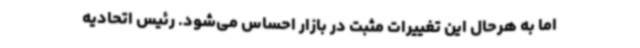
اما به هرحال این تغییرات مثبت در بازار احساس می‌شود. رئیس اتحادیه